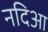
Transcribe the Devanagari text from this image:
नदिआ